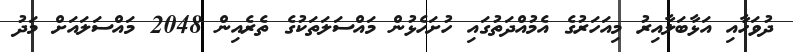
ދުވަހާއި އަޅާބަލާއިރު މިއަހަރުގެ އެމުއްދަތުގައި ހުށަހެޅުން މައްސަލަތަކުގެ ތެރެއިން 2048 މައްސަލައަށް މަދު